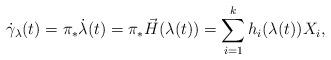
LaTeX: \begin{align*}\dot{\gamma}_\lambda(t) = \pi_* \dot{\lambda}(t) = \pi_* \vec{H}(\lambda(t)) = \sum_{i=1}^k h_i(\lambda(t)) X_i,\end{align*}